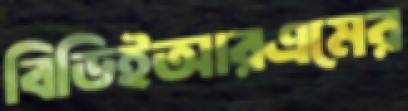
বিডিইআরএমের